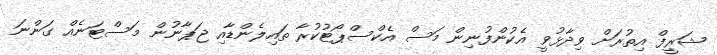
ޝަރީފް އިތުރަށް ވިދާޅުވީ އެކުންފުނިން މަސް އެކްސްޕޯޓުކުރާ ތައިލެންޑާއި ޖަޕާނުން މަސްޓަނެއް ގަންނަ